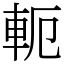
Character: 軛